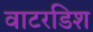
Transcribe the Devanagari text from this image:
वाटरडिश